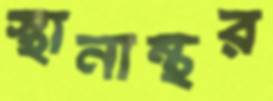
স্থানান্থর